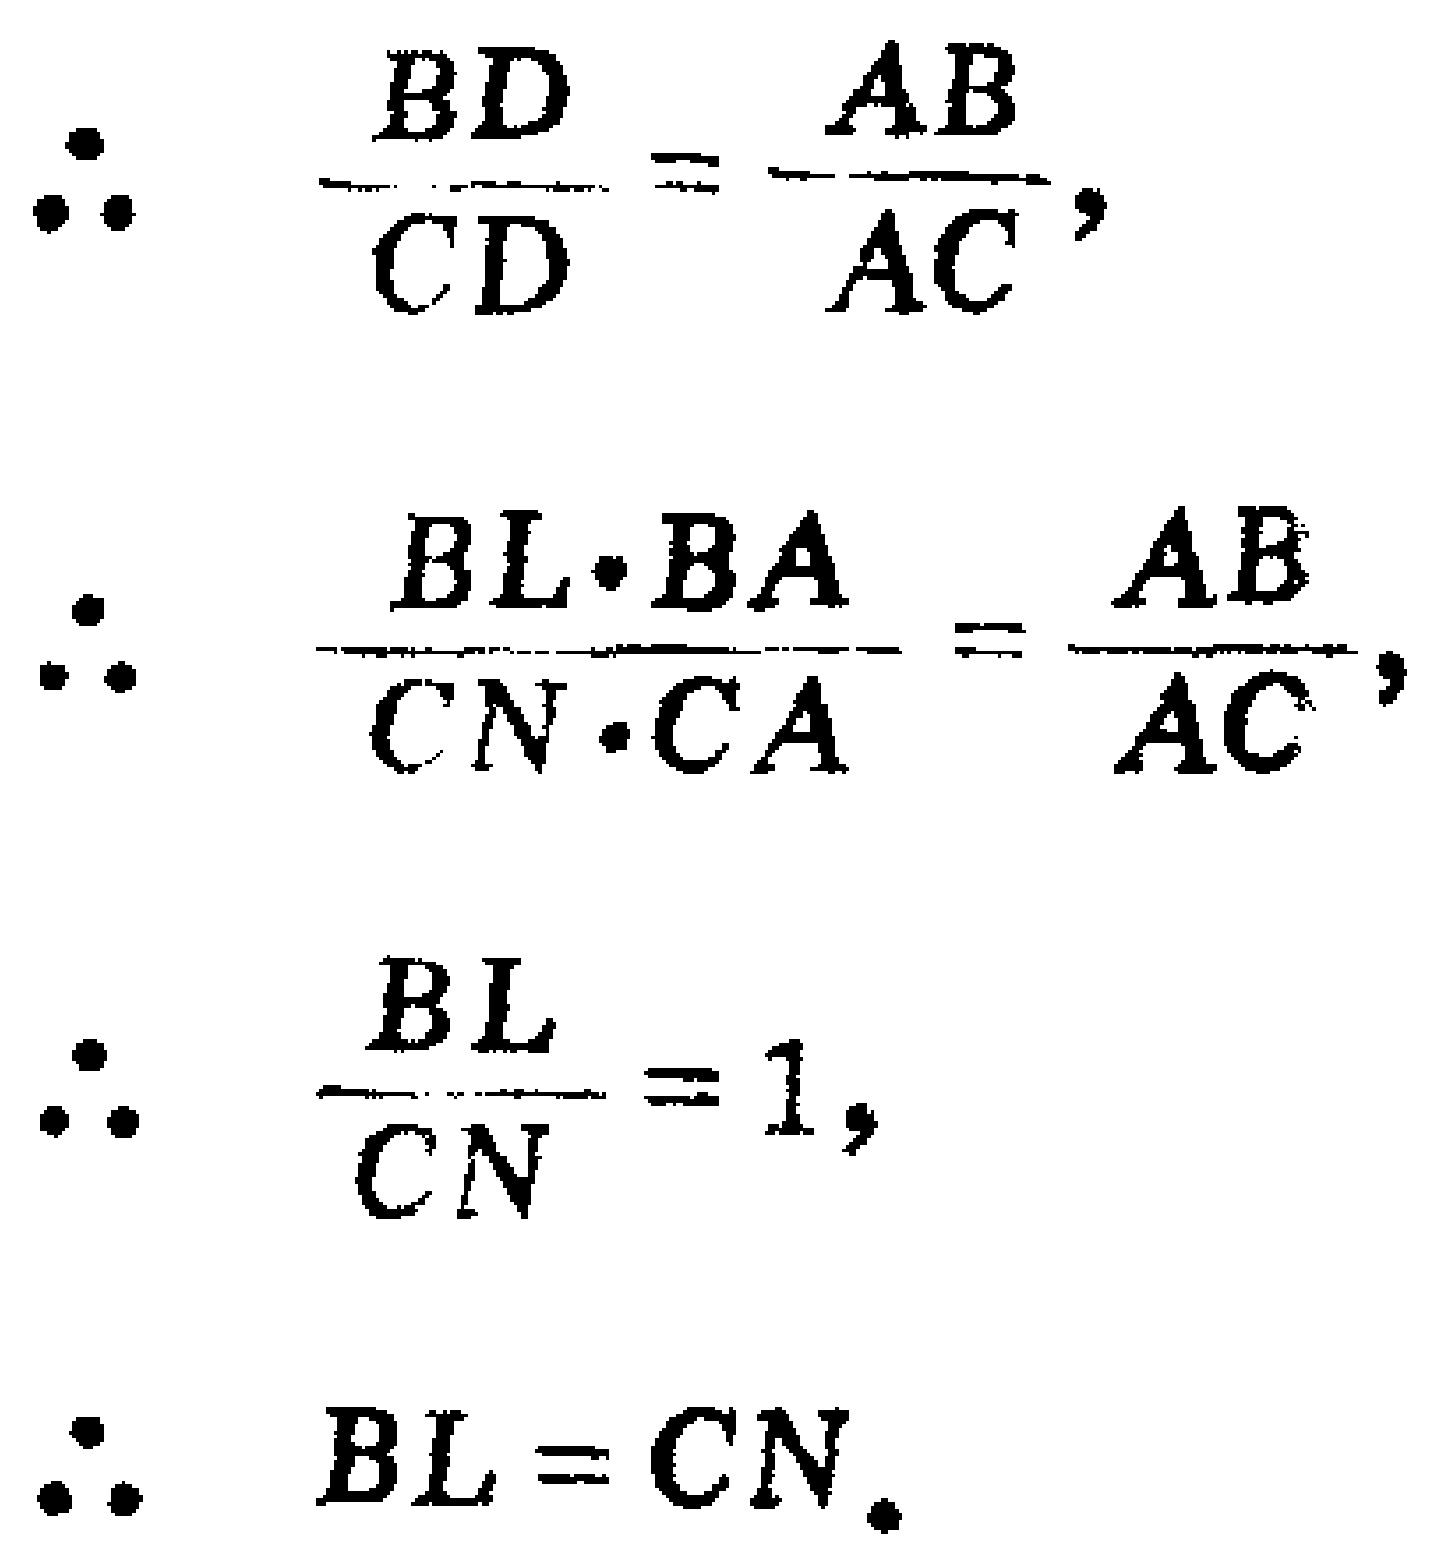
\[
\begin{align*}
\therefore\quad&\frac{BD}{CD}=\frac{AB}{AC},\\
\therefore\quad&\frac{BL\cdot BA}{CN\cdot CA}=\frac{AB}{AC},\\
\therefore\quad&\frac{BL}{CN}=1,\\
\therefore\quad&BL = CN.
\end{align*}
\]